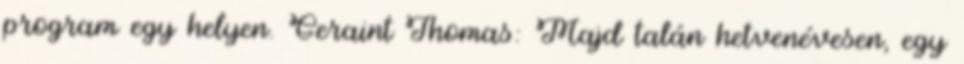
program egy helyen. Geraint Thomas: Majd talán hetvenévesen, egy